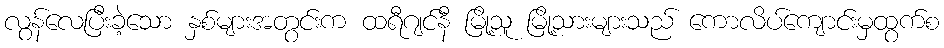
လွန်လေပြီးခဲ့သော နှစ်များအတွင်းက ထရီဂျင်နီ မြို့သူ မြို့သားများသည် ကောလိပ်ကျောင်းမှထွက်စ